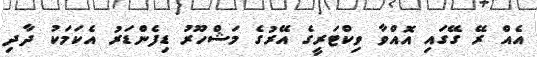
އެއް ރޭ ގޭގައި އޮއްވާ ވިކްޓަރީގެ އޭރުގެ މަޝްހޫރު ޑިފެންޑަރު އެކަމަކު ދާދި